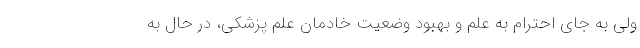
ولی به جاي احترام به علم و بهبود وضعيت خادمان علم پزشكي، در حال به